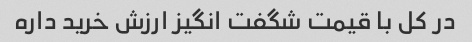
در کل با قیمت شگفت انگیز ارزش خرید داره